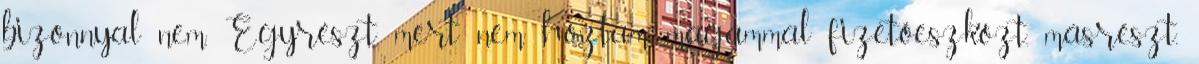
bizonnyal nem. Egyrészt, mert nem hoztam magammal fizetőeszközt, másrészt,